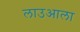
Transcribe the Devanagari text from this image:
लाउआला